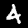
Digit: 4